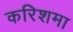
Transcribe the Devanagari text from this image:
करिशमा